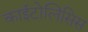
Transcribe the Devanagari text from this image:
काईटोलिसिस